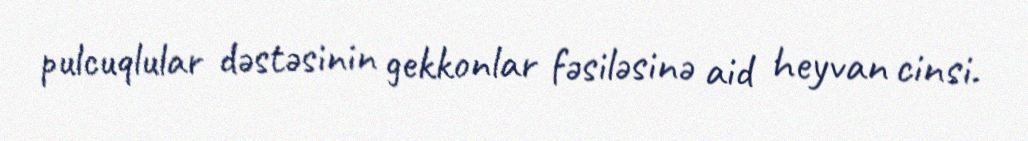
pulcuqlular dəstəsinin gekkonlar fəsiləsinə aid heyvan cinsi.